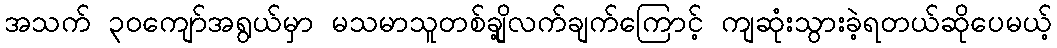
အသက် ၃၀ကျော်အရွယ်မှာ မသမာသူတစ်ချို့လက်ချက်ကြောင့် ကျဆုံးသွားခဲ့ရတယ်ဆိုပေမယ့်